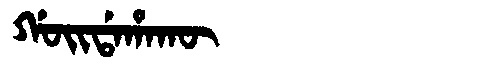
Manchu: ᡤᠣᡳᡩᠠᡥᠠᡴᡡ
Romanization: GOIDAHAKŪ